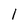
Character: l